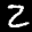
Label: 2